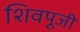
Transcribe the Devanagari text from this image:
शिवपूजी